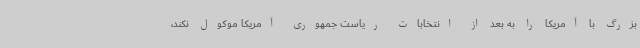
بزرگ با آمریکا را به بعد از انتخابات ریاست جمهوری آمریکا موکول نکند،